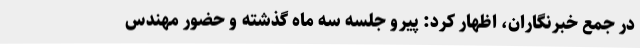
در جمع خبرنگاران، اظهار کرد: پیرو جلسه سه ماه گذشته و حضور مهندس